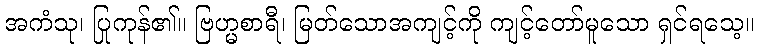
အကံသု၊ ပြုကုန်၏။ ဗြဟ္မစာရီ၊ မြတ်သောအကျင့်ကို ကျင့်တော်မူသော ရှင်ရသေ့။